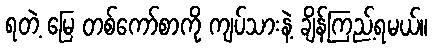
ရတဲ့ မြေ တစ်ကော်စာကို ကျပ်သားနဲ့ ချိန်ကြည့်ရမယ်။